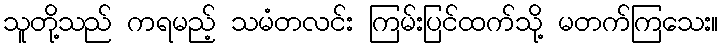
သူတို့သည် ကရမည့် သမံတလင်း ကြမ်းပြင်ထက်သို့ မတက်ကြသေး။